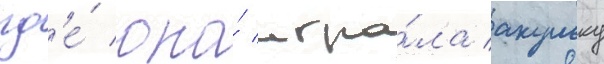
гд'е́ она́ игра́ла акульку